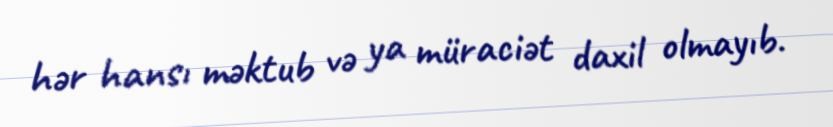
hər hansı məktub və ya müraciət daxil olmayıb.